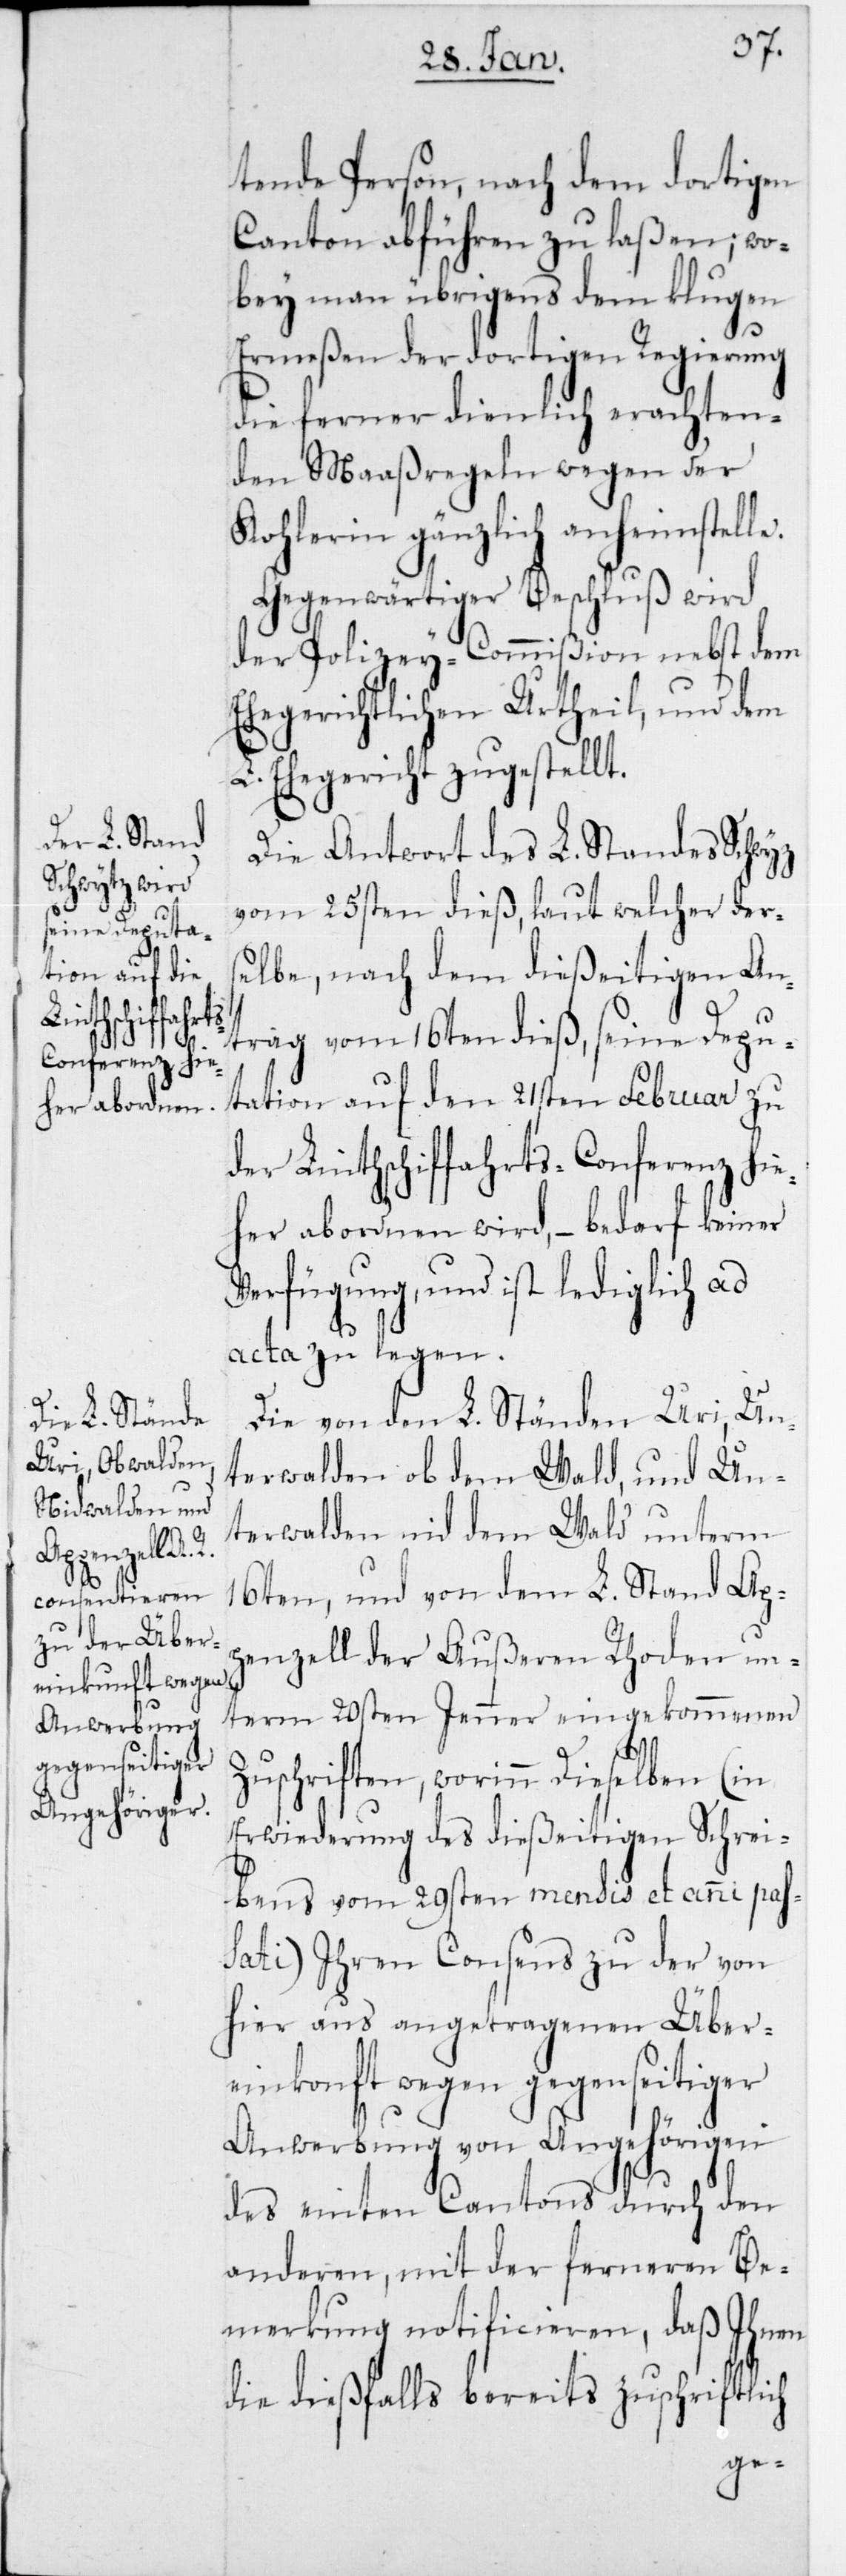
e.

tende Person, nach dem dortigen
Canton abführen zu laßen; wo¬
bey man übrigens dem klugen
Ermeßen der dortigen Regierung
die ferner dienlich erachten¬
den Maaßregeln wegen der
Kohlerin gänzlich anheimstell¬
Gegenwärtiger Beschluß wird
der Polizey-Commißion nebst dem
Ehegerichtlichen Urtheil, und dem
L. Ehegericht zugestellt.
Die Antwort des L. Standes Schwyz
vom 25sten dieß, laut welcher ders¬
elbe, nach dem dießeitigen An¬
trag vom 16ten dieß, seine Depu¬
tation auf den 21sten Februar zu
der Linthschiffahrts-Conferenz hie¬
her abordnen wird, – bedarf keiner
Verfügung, und ist lediglich ad
acta zu legen.
Die von den L. Ständen Uri, Un¬
terwalden ob dem Wald, und Un¬
terwalden nid dem Wald unterm
16ten, und von dem L. Stand Ap¬
penzell der Außeren Rhoden un¬
term 20sten Jenner eingekommenen
Zuschriften, worinn dieselben (in
Erwiderung des dießeitigen Schrei¬
bens vom 29sten mensis et anni pas¬
sati) Ihrem Consens zu der von
hier aus angetragenen Über¬
einkonft wegen gegenseitiger
Anwerbung von Angehörigen
des einten Cantons durch den
anderen, mit der ferneren Be¬
merkung notificieren, daß Ihnen
die dießfalls bereits zuschriftlich